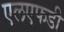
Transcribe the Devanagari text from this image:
एलएफडी